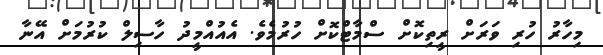
މިހާރު ހުރި ވަރަށް ރީތިކޮށް ސްމާޓްކޮށް ހުރުމެވެ. އެއުއްމީދު ހާސިލް ކުރުމަށް އޭނާ